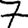
Digit: 7